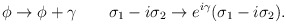
\begin{align*}\phi \rightarrow \phi + \gamma \qquad \sigma_1 - i \sigma_2 \rightarrow e^{i \gamma} ( \sigma_1 - i \sigma_2) .\end{align*}